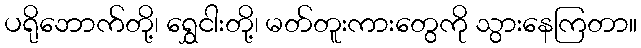
ပရိုဘောက်တို့၊ ရွှေငါးတို့၊ မတ်တူးကားတွေကို သွားနေကြတာ။